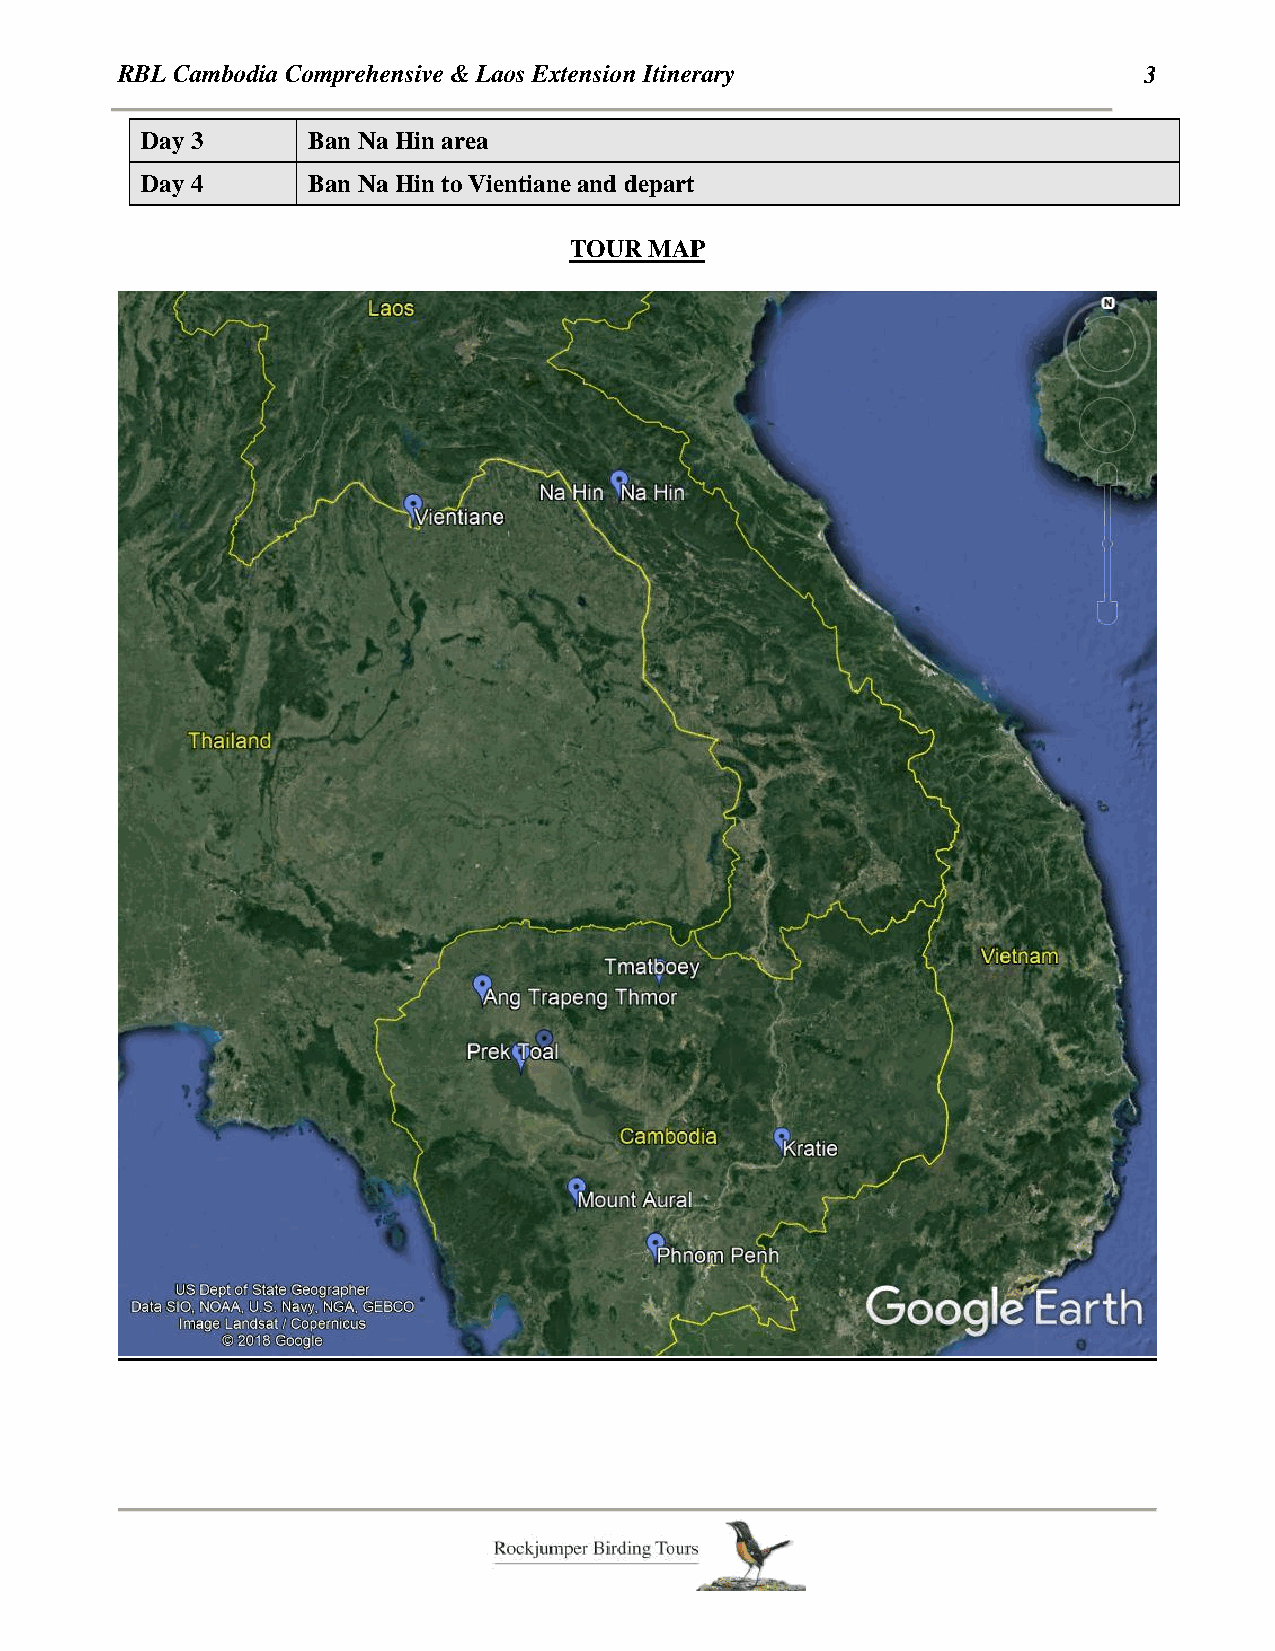
RBL Cambodia Comprehensive & Laos Extension Itinerary               3
 Day 3      Ban Na Hin area
 Day 4      Ban Na Hin to Vientiane and depart
 TOUR MAP